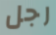
رجل